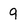
Character: q